Annual report on the Civil Veterinary Department, Burma (including the Insein Veterinary School) - 1923-1931
Year: 1923
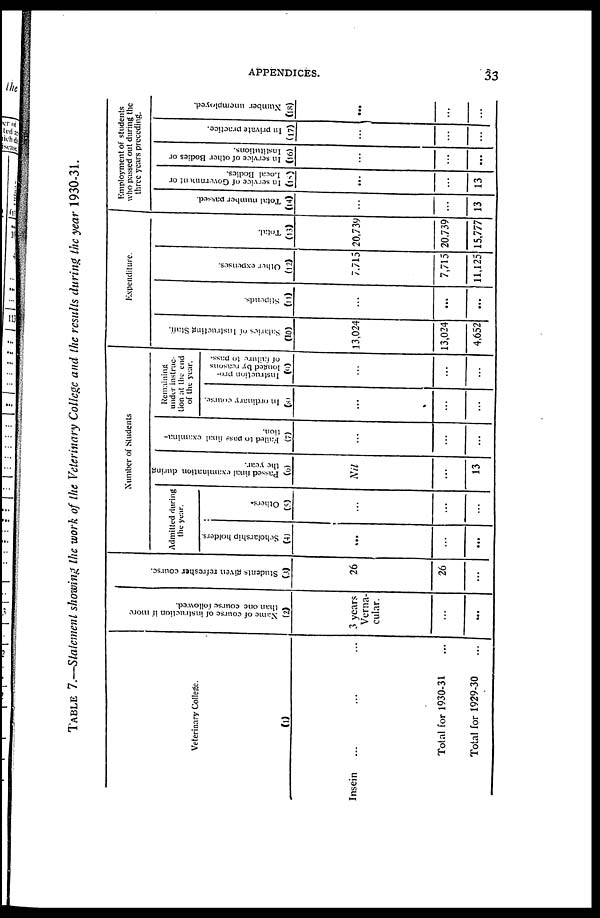
APPENDICES.
33
TABLE 7.—Statement showing the work of the Veterinary College and the results during the year 1930-31.
Veterinary College.
(1)
Insein ... ... ...
Total for 1930-31 ...
Total for 1929-30
...
Name
of course of instruction if more
than one course followed.
(2)
3 years
Verna-
cular.
...
...
Students given refresher course.
(3)
26
26
...
Number of Students.
Admitted during
the year.
Scholarship holders.
(4)
...
...
...
Others.
(5)
...
...
...
Passed final examination during
the year.
(6)
Nil
...
13
Failed
to pass final examina-
tion.
(7)
...
...
...
Remaining
under instruc-
tion at the end
of the year.
In ordinary course.
(8)
...
...
...
Instruction pro-
longed by reasons
of failure to pass.
(9)
...
...
...
Salaries of Instructing Staff.
(10)
13,024
13,024
4,652
Expenditure.
Stipends.
(11)
...
...
...
Other expenses.
(12)
7.715
7,715
11,125
Total.
(13)
20,739
20,739
15,777
Employment of students
who passed out during the
three years preceding.
Total number passed.
(14)
...
...
13
In service of Government or
Local Bodies.
(15)
...
...
13
In service of other Bodies or
Institutions.
(16)
...
...
...
In private practice.
(17)
...
...
...
Number unemployed.
(18)
...
...
...